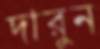
দারুন